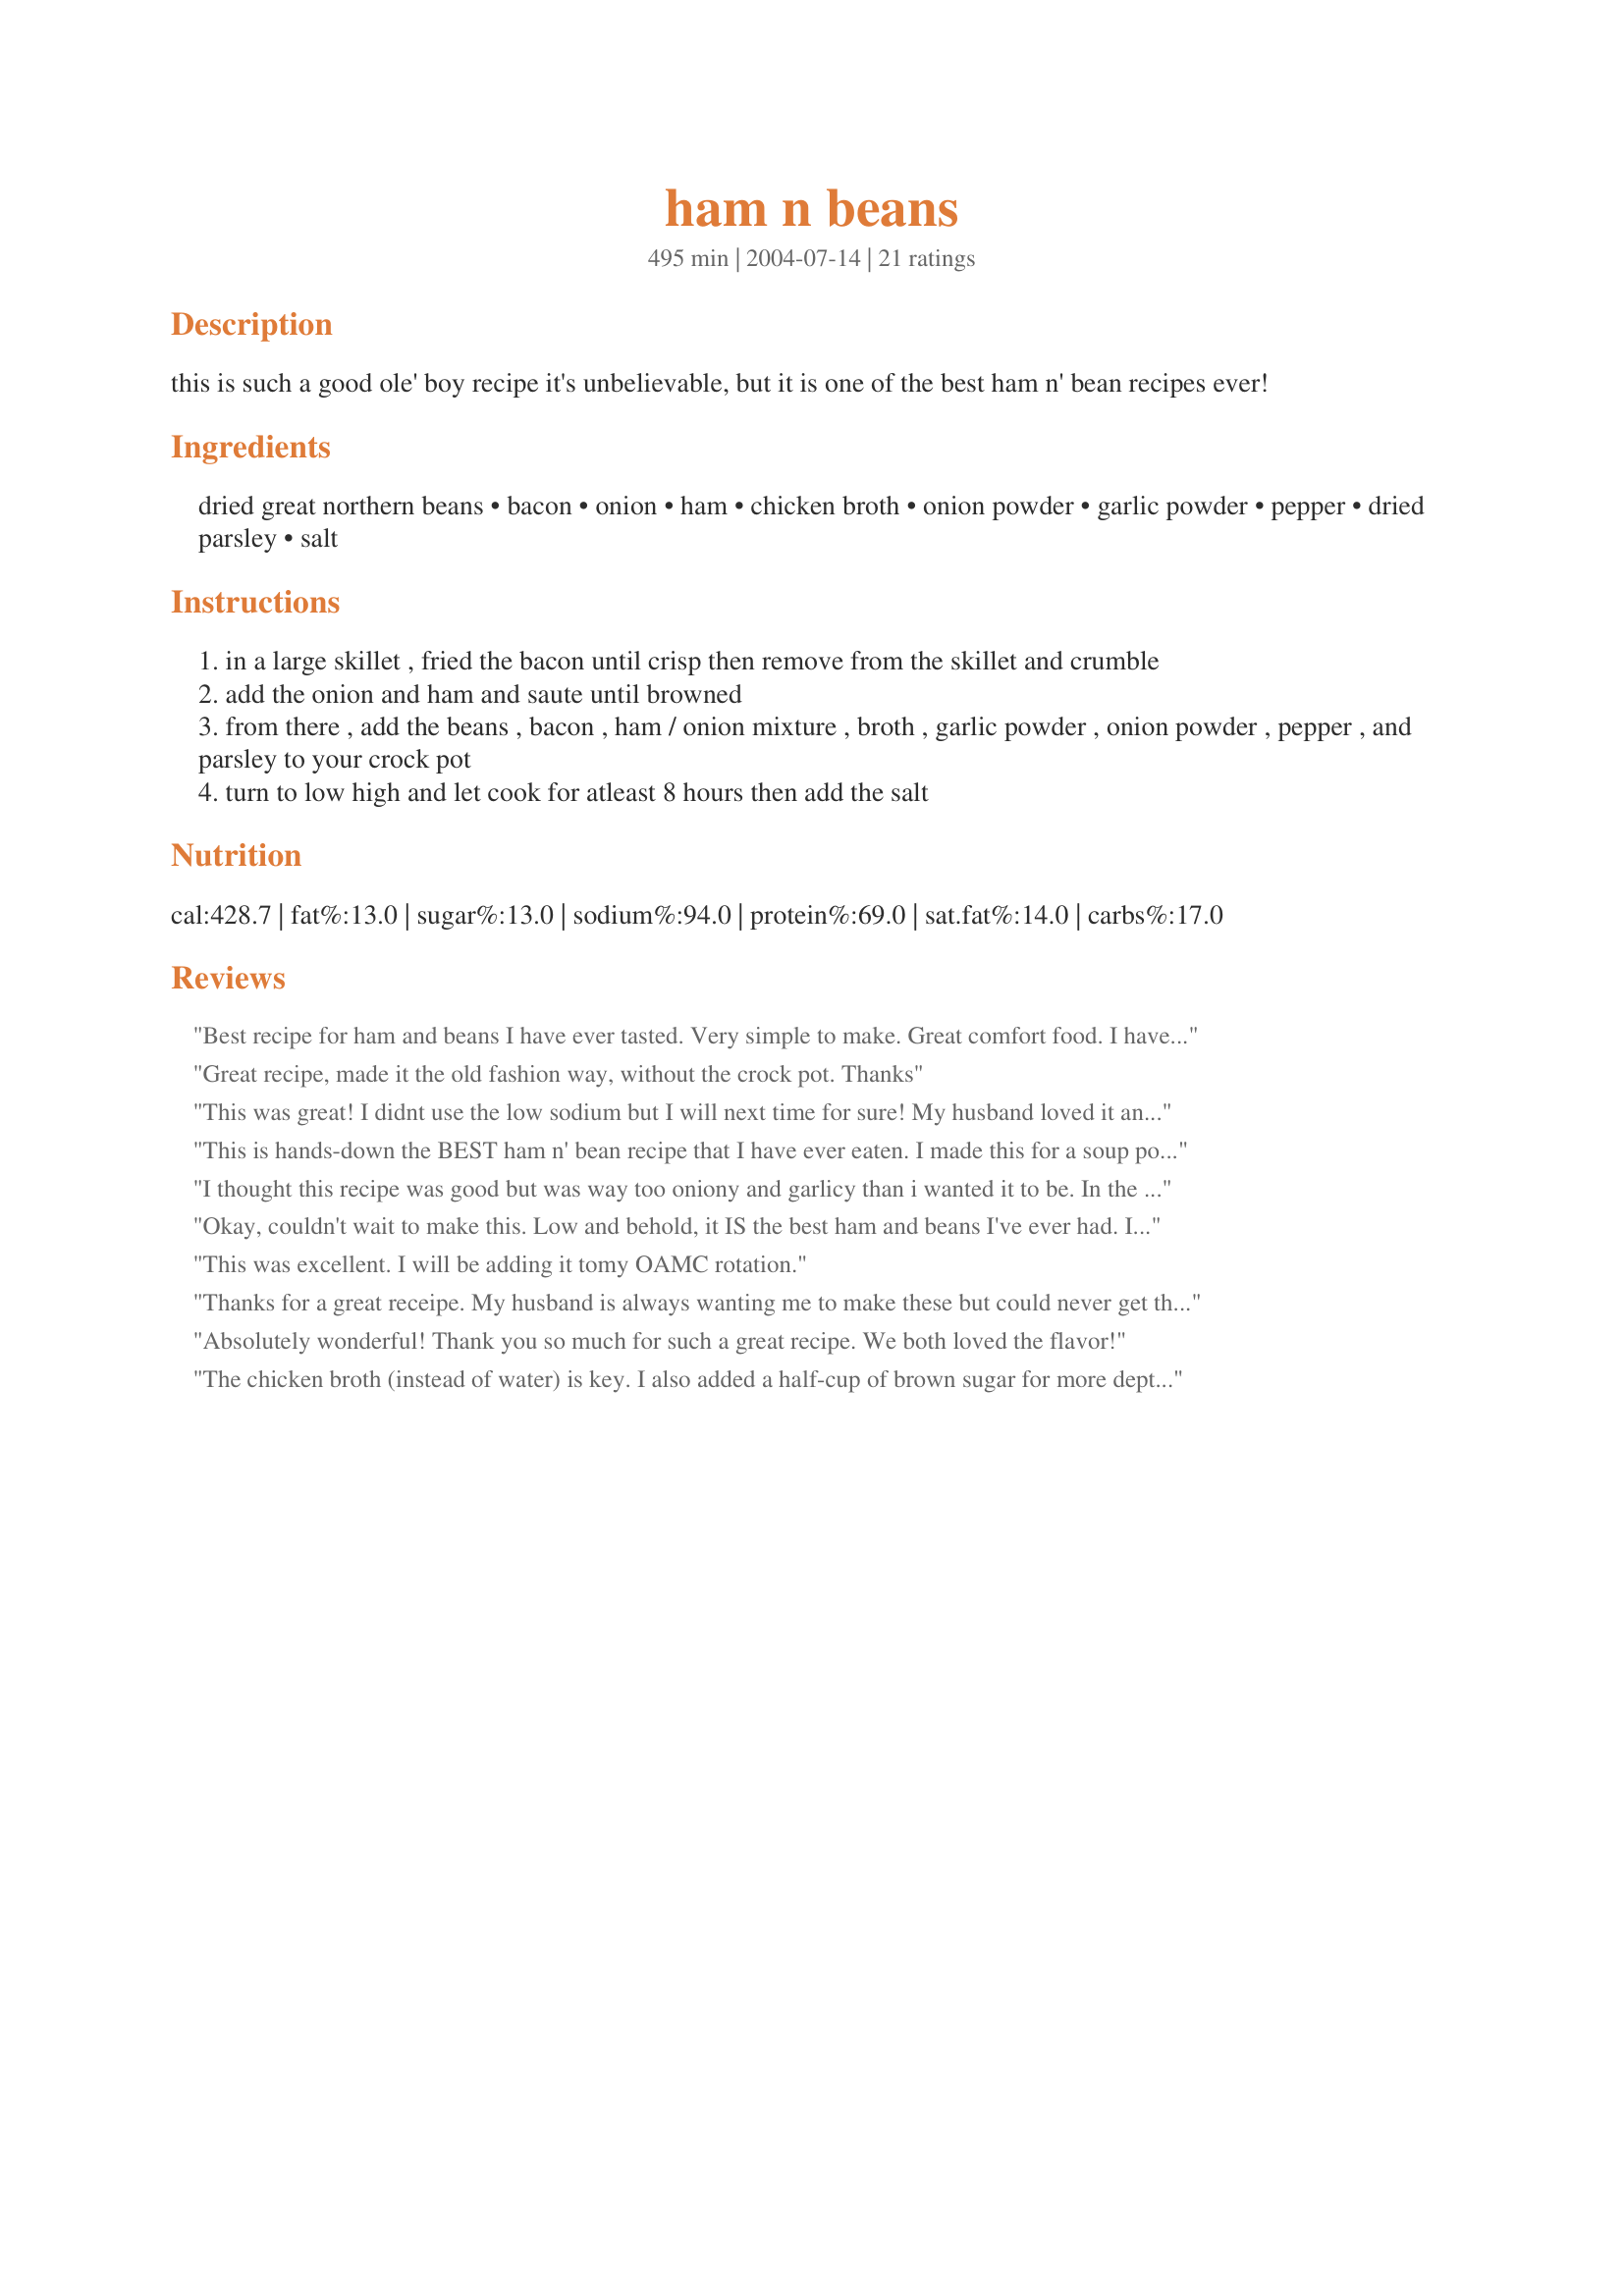
ham n beans
Preparation time: 495 minutes

this is such a good ole' boy recipe it's unbelievable, but it is one of the best ham n' bean recipes ever!

Ingredients:
dried great northern beans, bacon, onion, ham, chicken broth, onion powder, garlic powder, pepper, dried parsley, salt

Steps:
in a large skillet , fried the bacon until crisp then remove from the skillet and crumble
add the onion and ham and saute until browned
from there , add the beans , bacon , ham / onion mixture , broth , garlic powder , onion powder , pepper , and parsley to your crock pot
turn to low high and let cook for atleast 8 hours then add the salt

Reviews:
Best recipe for ham and beans I have ever tasted. Very simple to make. Great comfort food. I have to go bake more cornbread to sop up the leftovers.
Great recipe, made it the old fashion way, without the crock pot. Thanks
This was great! I didnt use the low sodium but I will next time for sure! My husband loved it and kids sat quietly and ate their bowls all gone!
This is hands-down the BEST ham n' bean recipe that I have ever eaten. I made this for a soup potluck at church and quadrupled the recipe. There wasn't a drop left and I had many people asking for the recipe. Very flavorful...simply delicious!
I thought this recipe was good but was way too oniony and garlicy than i wanted it to be. In the end i ended up adding some brown sugar to cut the onion and garlic. Next time (if i use this recipe again!) i will use about half as much onion and garlic.
Okay, couldn't wait to make this. Low and behold, it IS the best ham and beans I've ever had. I made mine in a dutch oven and omitted the salt. It was salty enough without it. This recipe is a must try! Thanks
This was excellent. I will be adding it tomy OAMC rotation.
Thanks for a great receipe. My husband is always wanting me to make these but could never get this one down. Thanks,
Absolutely wonderful! Thank you so much for such a great recipe. We both loved the flavor!
The chicken broth (instead of water) is key. I also added a half-cup of brown sugar for more depth of flavor. Yummmmm!
This was fantastic! I used everything in this recipe. My family thought his was soooo tasty. They want let me make it any other way. Thanks for posting such a great recipe.
I used uncured ham so I had no problem with a salty taste. Also instead of using bacon (which I didn't have) I used Hormel's Real Crumbled Bacon. I really like this ham and beans recipe with all the flavor it has. My husband not so much. He just wants the beans with a little ham. So I froze bowls of it for another time for myself. They are great. All you have to do is let that bowl thaw out and then reheat in microwave . Also don't forget to always make some corn bread to go with this.
Being life-long Northerners, my husband and I had never had anything like this before, and we both really enjoyed it. I will definitely make this again! I used fresh parsley, pinto beans (all I had in the house), and low-sodium chicken soup base in water instead of the cans of broth. The beans were a little overcooked after 8 hours, but that could be because pintos are a bit smaller.
Good taste, but I omitted the salt and still found this quite salty due to the ham and bacon.
Excellent Ham N' Beans! The best recipe I've ever tried (I omitted the bacon). 
Debbie L - Pekin, IL
Thanks for the idea! I left many things out such as the bacon, so I don't feel I can honestly review. But I really enjoyed the outcome.
I used pinto beans instead of great northern beans, omitted the bacon and used 2 cups chicken broth and 4 cups water. I have made this a few times now and I think it is great. I pair it with sweet cornbread recipe also found on recipezaar.
Good, simple and easy!!!! ( I even used a left over ham from thanksgiving!!!) I put a little into a blender to thicken it up a little ( just cause thats what I am used to when eating ham n beans) served with cornbread! YUM!
GREAT recipe!! I didn't use bacon because I didn't have any and omitted the pepper. I didn't saute the ham and onion either, I just threw everything in the crockpot & turned it on. I got raves and requests for this recipe. Thanks a bunch
What a fabulous recipe! I used pintos, omitted the salt & added a little flour to thicken during the last 30minutes of cooking. Not only did they clean their bowls, they complained I didn't make enough when it was gone. A serious keeper!
These are great for pot luck! To tell you how good they are I took home an empty crock pot from the church social and was asked to bring a little more next time. Even the children were eating their beans! Thanks MizEmerilLagasse!
